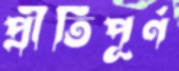
প্রীতিপূর্ণ